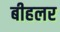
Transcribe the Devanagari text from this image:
बीहलर